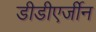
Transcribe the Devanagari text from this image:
डीडीएर्जीन